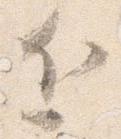
近